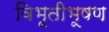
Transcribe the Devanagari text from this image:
विभूतीभूषण